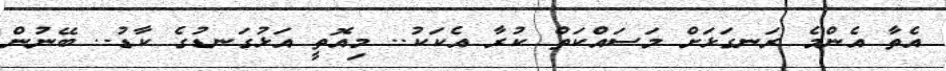
އެތާ އެންމެ ރަނގަޅަށް މަސައްކަތް ކުރާ އެކަކު.. މިއޮތީ އަޅުގަނޑުގެ ކާޑު.. ބޭނުން